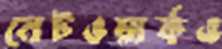
নেটওয়ার্কও